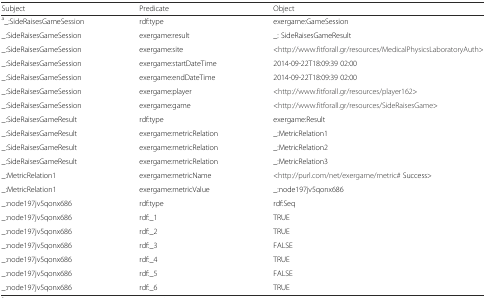
| Subject | Predicate | Object |
 | --- | --- | --- |
 | a_:SideRaisesGameSession | rdf:type | exergame:GameSession |
 | _:SideRaisesGameSession | exergame:result | _: SideRaisesGameResult |
 | _:SideRaisesGameSession | exergame:site | <http://www.fitforall.gr/resources/MedicalPhysicsLaboratoryAuth> |
 | _:SideRaisesGameSession | exergame:startDateTime | 2014-09-22T18:09:39 02:00 |
 | _:SideRaisesGameSession | exergame:endDateTime | 2014-09-22T18:09:39 02:00 |
 | _:SideRaisesGameSession | exergame:player | <http://www.fitforall.gr/resources/player162> |
 | _:SideRaisesGameSession | exergame:game | <http://www.fitforall.gr/resources/SideRaisesGame> |
 | _:SideRaisesGameResult | rdf:type | exergame:Result |
 | _:SideRaisesGameResult | exergame:metricRelation | _:MetricRelation1 |
 | _:SideRaisesGameResult | exergame:metricRelation | _:MetricRelation2 |
 | _:SideRaisesGameResult | exergame:metricRelation | _:MetricRelation3 |
 | _:MetricRelation1 | exergame:metricName | <http://purl.com/net/exergame/metric## Success> |
 | _:MetricRelation1 | exergame:metricValue | _:node197jv5qonx686 |
 | _:node197jv5qonx686 | rdf:type | rdf:Seq |
 | _:node197jv5qonx686 | rdf:_1 | TRUE |
 | _:node197jv5qonx686 | rdf:_2 | TRUE |
 | _:node197jv5qonx686 | rdf:_3 | FALSE |
 | _:node197jv5qonx686 | rdf:_4 | TRUE |
 | _:node197jv5qonx686 | rdf:_5 | FALSE |
 | _:node197jv5qonx686 | rdf:_6 | TRUE |